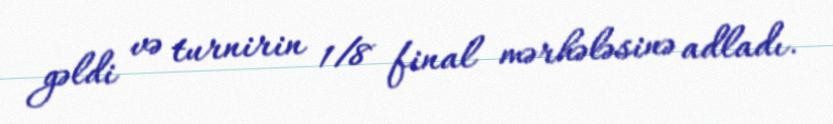
gəldi və turnirin 1/8 final mərhələsinə adladı.